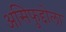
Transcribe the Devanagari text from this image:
असिफुद्दोला